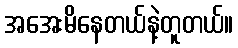
အအေးမိနေတယ်နဲ့တူတယ်။